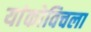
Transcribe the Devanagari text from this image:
यांकोविचला